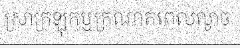
ស្រាក្រឡុកឬក្រណាត់ពេលល្ងាច